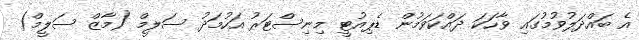
އެ ބައްދަލުވުމުގައި ވާހަކަ ދައްކަވަމުން ޑެޕިއުޓީ މިނިސްޓަރު އަހުމަދު ސަލީމް (މާޒް ސަލީމް)